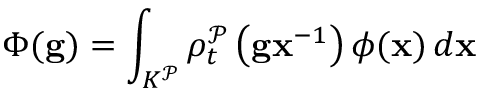
\Phi ( \mathbf { g } ) = \int _ { K ^ { \mathcal { P } } } \rho _ { t } ^ { \mathcal { P } } \left( \mathbf { g x } ^ { - 1 } \right) \phi ( \mathbf { x } ) \, d \mathbf { x }